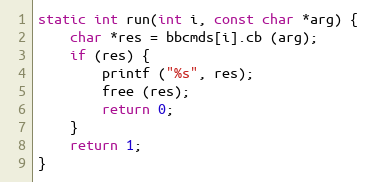
Language: C
static int run(int i, const char *arg) {
	char *res = bbcmds[i].cb (arg);
	if (res) {
		printf ("%s", res);
		free (res);
		return 0;
	}
	return 1;
}